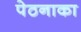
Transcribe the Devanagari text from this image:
पेठनाका